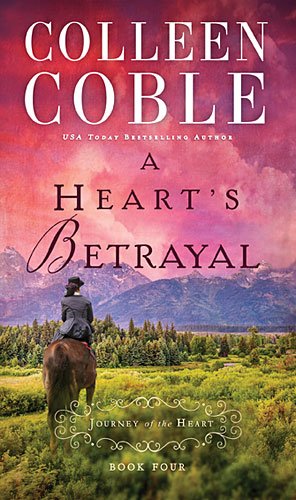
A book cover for A Heart's Betrayal (A Journey of the Heart); Colleen Coble; Literature & Fiction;